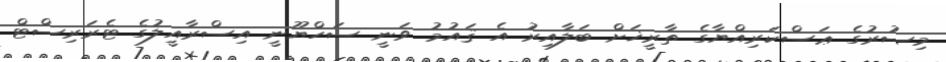
މިޞުރުގެ ޢަސްކަރިއްޔާގެ ތާރީޚަށް ބަލާއިރު އެ ޤައުމު ވަނީ ސަހްޔޫނީ އިސްރާއީލުގެ ޓެރަރިސްޓް